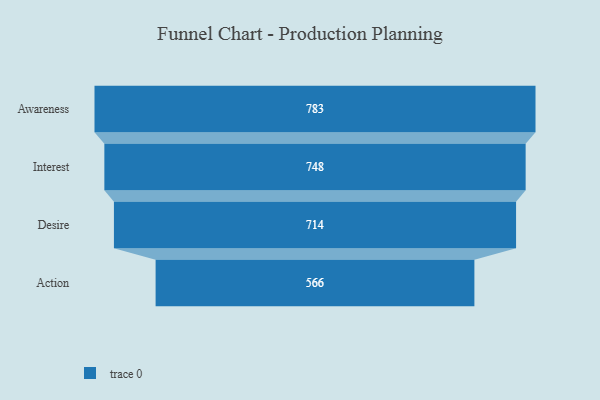
{"axis": {"x": "Stage", "y": "Value"}, "legend": [""], "data": [{"x": "Awareness", "y": 783.0, "type": ""}, {"x": "Interest", "y": 748.0, "type": ""}, {"x": "Desire", "y": 714.0, "type": ""}, {"x": "Action", "y": 566.0, "type": ""}]}